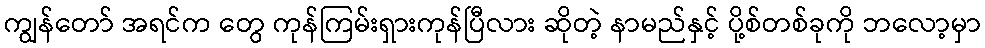
ကျွန်တော် အရင်က တွေ ကုန်ကြမ်းရှားကုန်ပြီလား ဆိုတဲ့ နာမည်နှင့် ပို့စ်တစ်ခုကို ဘလော့မှာ